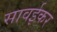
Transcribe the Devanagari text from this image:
सावईकर